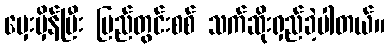
မှေးမှိန်ပြီး ပြည်တွင်းစစ် သက်ဆိုးရှည်ခဲ့ပါတယ်။